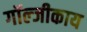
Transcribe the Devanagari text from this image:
गॉल्जीकाय